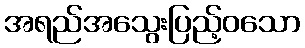
အရည်အသွေးပြည့်ဝသော